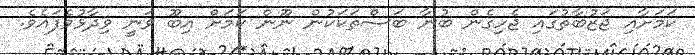
ކަމަށާއި ޖަޒުބާތުގައި ޖެހިގެން ބުނާ ބަސްތަކަކުން ނޫން ކަމަށް އިބޫ ވަނީ ވިދާޅުވެފައެވެ.